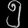
Digit: ၅